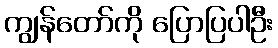
ကျွန်တော်ကို ပြောပြပါဦး